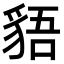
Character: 𧳎